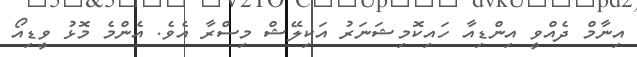
އިނާމް ދެއްވީ އިންޑިއާ ހައިކޮމިޝަނަރު އަކިލޭޝް މިސްރާ އެވެ. އެންމެ މޮޅު ވީޑިއޯ